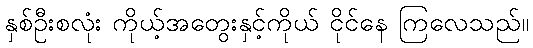
နှစ်ဦးစလုံး ကိုယ့်အတွေးနှင့်ကိုယ် ငိုင်နေ ကြလေသည်။